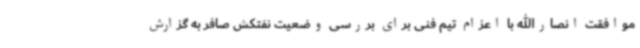
موافقت انصارالله با اعزام تیم فنی برای بررسی وضعیت نفتکش صافر به گزارش